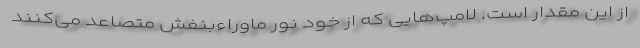
از این مقدار است. لامپ‌هایی که از خود نور ماوراء‌بنفش متصاعد می‌کنند